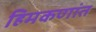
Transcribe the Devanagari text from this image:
हिमकणांत